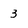
Character: 3